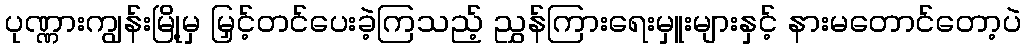
ပုဏ္ဏားကျွန်းမြို့မှ မြှင့်တင်ပေးခဲ့ကြသည့် ညွှန်ကြားရေးမှူးများနှင့် နားမတောင်တော့ပဲ